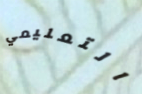
التعليمي